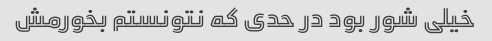
خیلی شور بود در حدی که نتونستم بخورمش